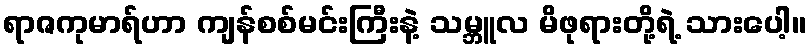
ရာဇကုမာရ်ဟာ ကျန်စစ်မင်းကြီးနဲ့ သမ္ဘူလ မိဖုရားတို့ရဲ့ သားပေါ့။